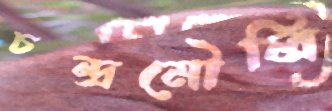
চন্দ্রমৌলি